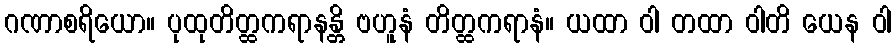
ဂဏာစရိယော။ ပုထုတိတ္ထကရာနန္တိ ဗဟူနံ တိတ္ထကရာနံ။ ယထာ ဝါ တထာ ဝါတိ ယေန ဝါ